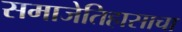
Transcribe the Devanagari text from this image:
समाजेतिहासाचा